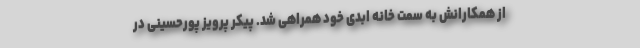
از همکارانش به سمت خانه ابدی خود همراهی شد. پیکر پرویز پورحسینی در